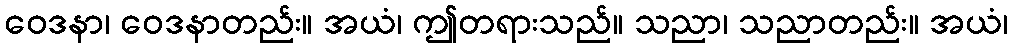
ဝေဒနာ၊ ဝေဒနာတည်း။ အယံ၊ ဤတရားသည်။ သညာ၊ သညာတည်း။ အယံ၊